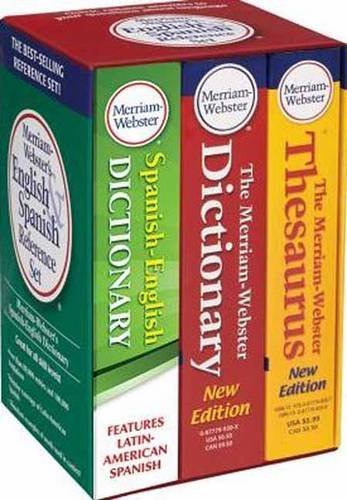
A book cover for Merriam-Webster's English & Spanish Reference Set; Merriam-Webster; Reference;